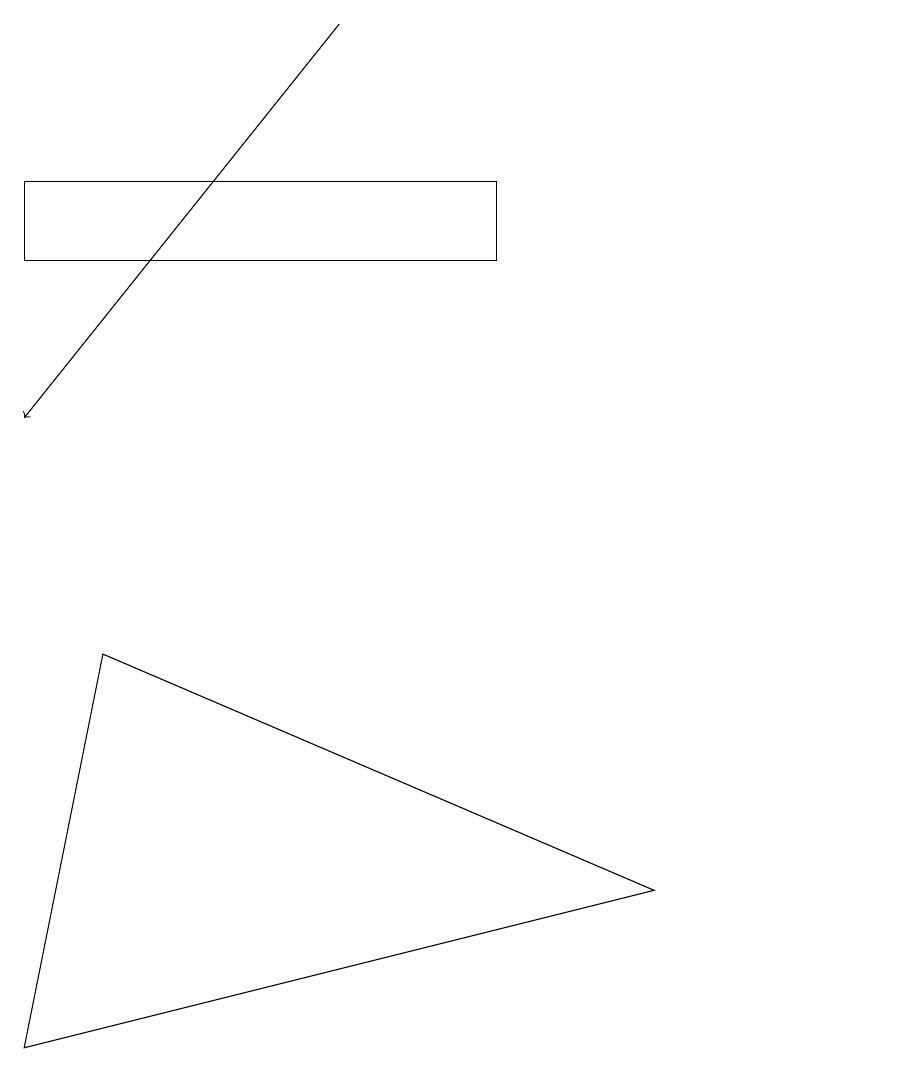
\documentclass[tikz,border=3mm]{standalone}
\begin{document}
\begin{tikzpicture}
\draw[->] (4,17) -- (0,12);
\draw (1,9) -- (0,4) -- (8,6) -- cycle;
\draw (11,11) circle (0);
\draw (6,15) rectangle (0,14);
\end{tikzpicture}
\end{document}